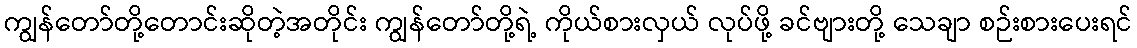
ကျွန်တော်တို့တောင်းဆိုတဲ့အတိုင်း ကျွန်တော်တို့ရဲ့ ကိုယ်စားလှယ် လုပ်ဖို့ ခင်ဗျားတို့ သေချာ စဉ်းစားပေးရင်